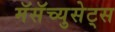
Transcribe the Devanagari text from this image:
मॅसॅच्युसेट्‌स